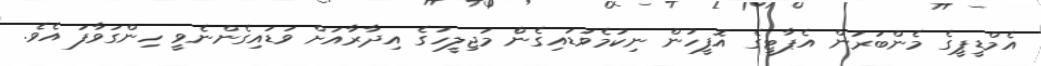
އެމްޑީޕީގެ މެންބަރުން އެޕާޓީގެ އޮފީހުން ނިކުމެވަޑައިގެންެ މަޖިލީހުގެ އިދާރާއަށް ވަޑައިގެންނެވީ ހިންގަވާފަ އެވެ.